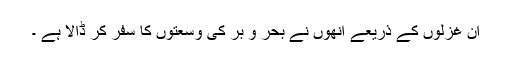
ان غزلوں کے ذریعے انھوں نے بحر و بر کی وسعتوں کا سفر کر ڈالا ہے ۔